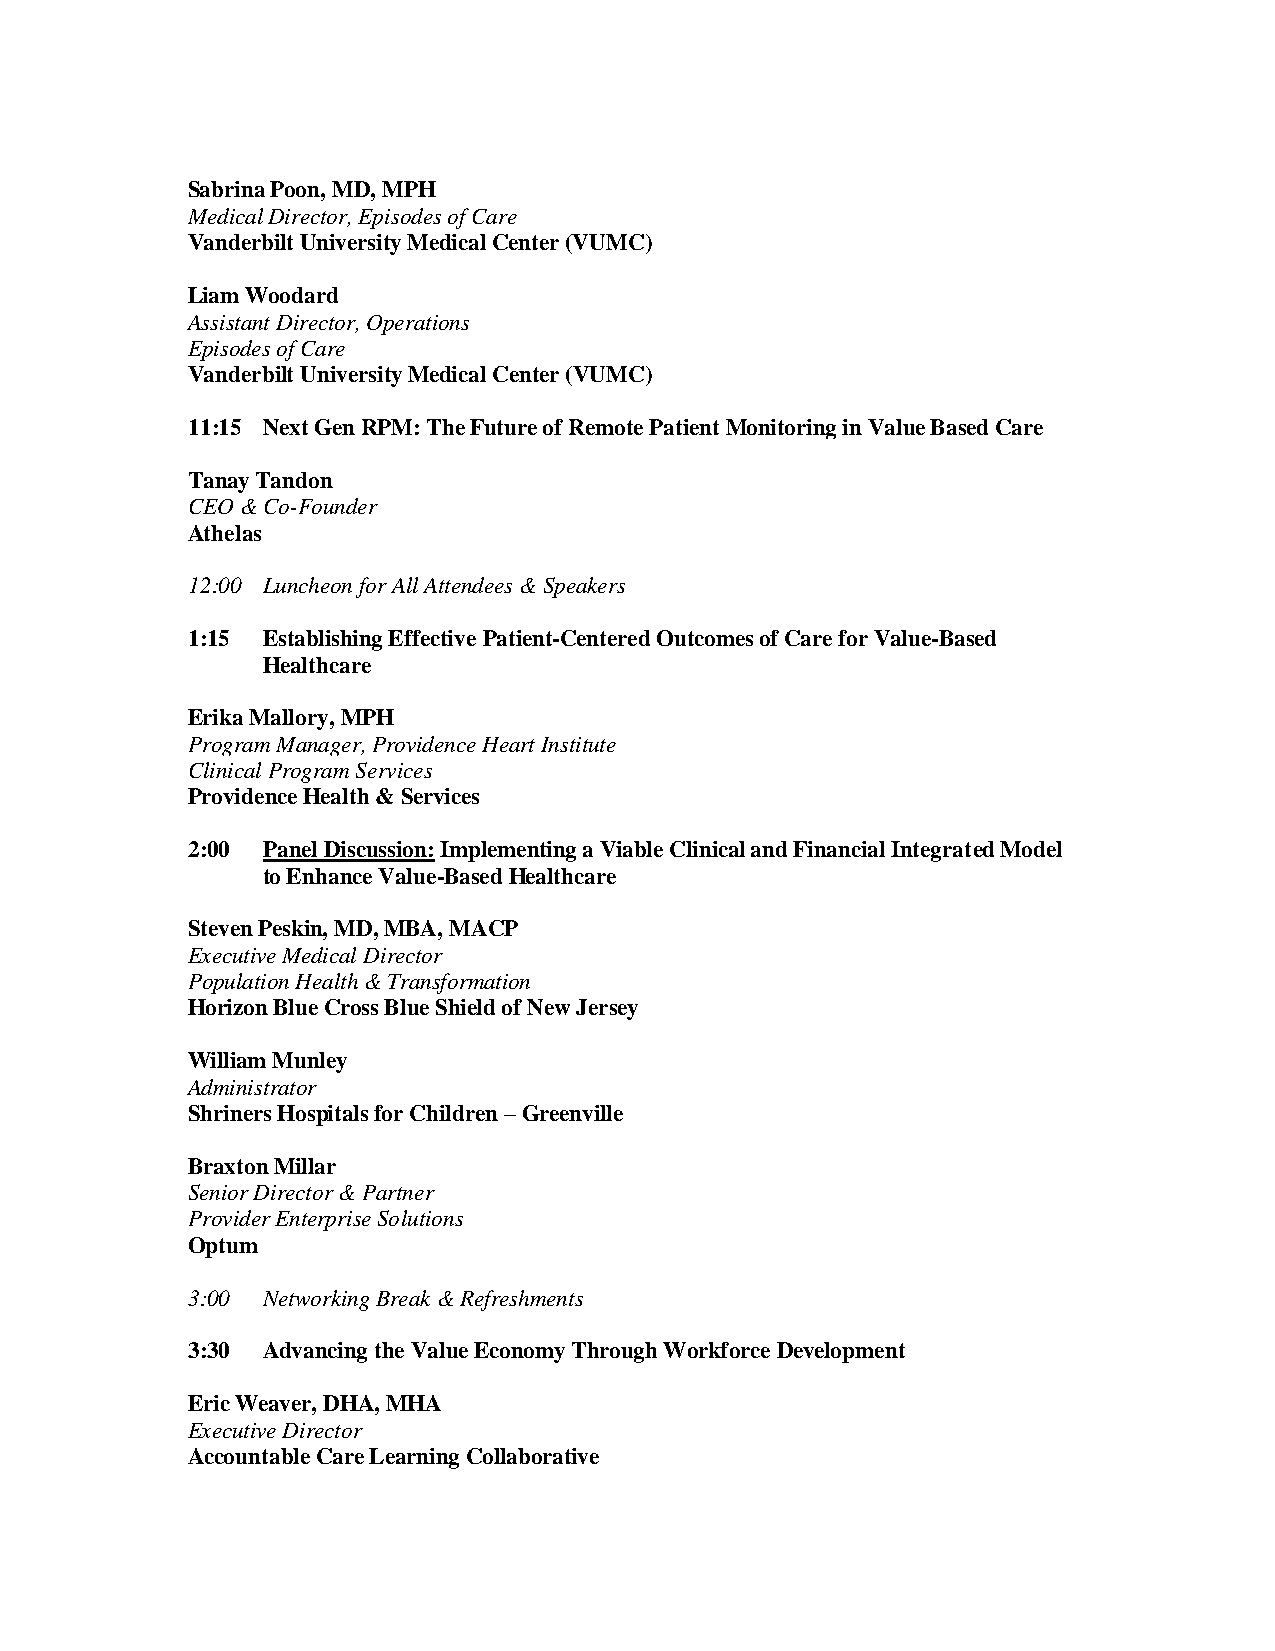
Sabrina Poon, MD, MPH
 Medical Director, Episodes of Care
 Vanderbilt University Medical Center (VUMC)
 Liam Woodard
 Assistant Director, Operations
 Episodes of Care
 Vanderbilt University Medical Center (VUMC)
 11:15 Next Gen RPM: The Future of Remote Patient Monitoring in Value Based Care
 Tanay Tandon
 CEO & Co-Founder
 Athelas
 12:00 Luncheon for All Attendees & Speakers
 1:15 Establishing Effective Patient-Centered Outcomes of Care for Value-Based
 Healthcare
 Erika Mallory, MPH
 Program Manager, Providence Heart Institute
 Clinical Program Services
 Providence Health & Services
 2:00 Panel Discussion: Implementing a Viable Clinical and Financial Integrated Model
 to Enhance Value-Based Healthcare
 Steven Peskin, MD, MBA, MACP
 Executive Medical Director
 Population Health & Transformation
 Horizon Blue Cross Blue Shield of New Jersey
 William Munley
 Administrator
 Shriners Hospitals for Children – Greenville
 Braxton Millar
 Senior Director & Partner
 Provider Enterprise Solutions
 Optum
 3:00 Networking Break & Refreshments
 3:30 Advancing the Value Economy Through Workforce Development
 Eric Weaver, DHA, MHA
 Executive Director
 Accountable Care Learning Collaborative